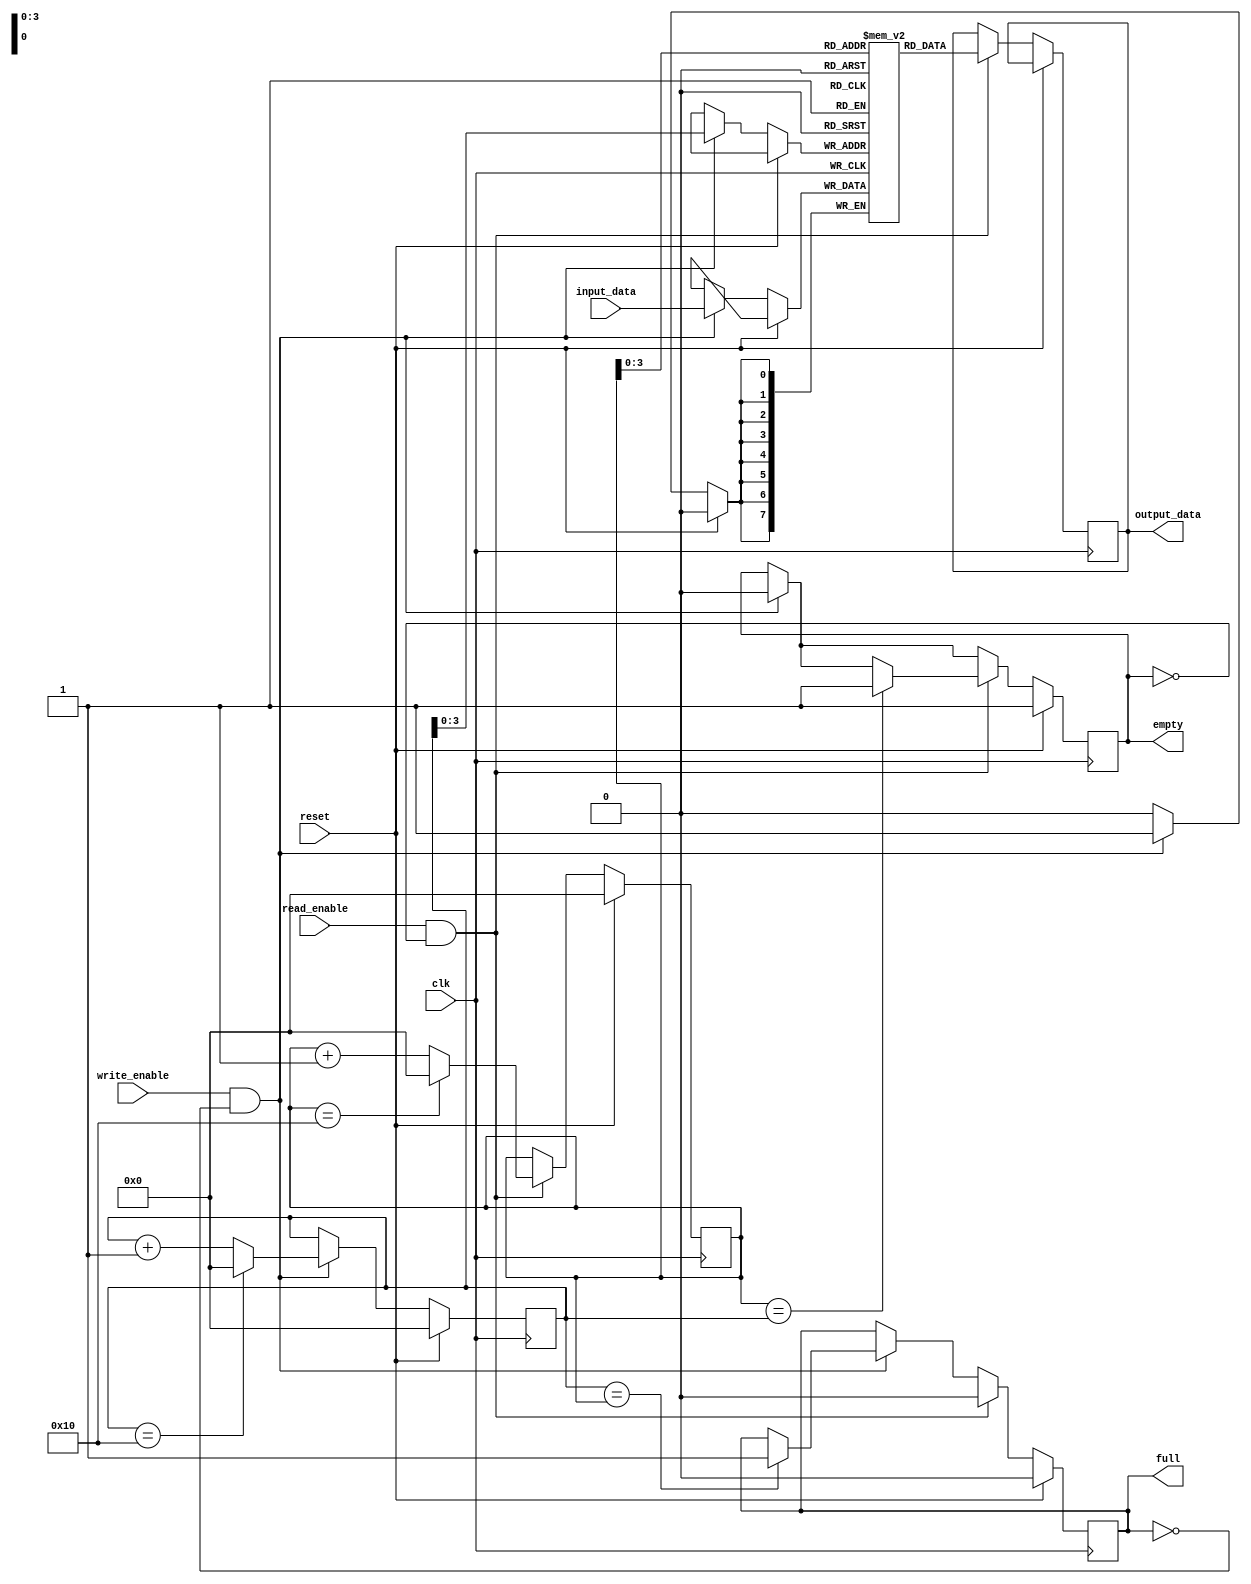
module dual_port_fifo (
    input clk,
    input reset,
    input [DATA_WIDTH-1:0] input_data,
    input write_enable,
    input read_enable,
    output reg [DATA_WIDTH-1:0] output_data,
    output reg full,
    output reg empty
);

parameter DATA_WIDTH = 8;
parameter DEPTH = 16;

reg [DATA_WIDTH-1:0] memory [0:DEPTH-1];
reg [DATA_WIDTH-1:0] read_ptr = 0;
reg [DATA_WIDTH-1:0] write_ptr = 0;

always @(posedge clk) begin
    if (reset) begin
        read_ptr <= 0;
        write_ptr <= 0;
        full <= 0;
        empty <= 1;
    end else begin
        if (write_enable && !full) begin
            memory[write_ptr] <= input_data;
            write_ptr <= write_ptr + 1;
            if (write_ptr == DEPTH) begin
                write_ptr <= 0;
            end
            if (write_ptr == read_ptr) begin
                full <= 1;
            end
            empty <= 0;
        end
        if (read_enable && !empty) begin
            output_data <= memory[read_ptr];
            read_ptr <= read_ptr + 1;
            if (read_ptr == DEPTH) begin
                read_ptr <= 0;
            end
            if (read_ptr == write_ptr) begin
                empty <= 1;
            end
            full <= 0;
        end
    end
end

endmodule